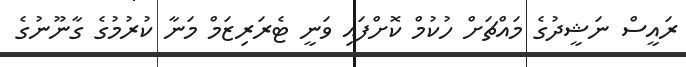
ރައީސް ނަޝީދުގެ މައްޗަށް ހުކުމް ކޮށްފައި ވަނީ ޓެރަރިޒަމް މަނާ ކުރުމުގެ ގާނޫނުގެ